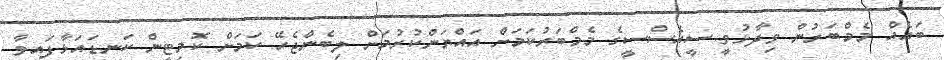
ބައެއް މެމްބަރުން ވިދާޅުވީ ސީއެސްސީގެ މެމްބަރުކަމަށް އައްޔަންކުރުމަށް ލިބެންޖެހޭ ކަމަށް ކޮމިޓީން ކަނޑައަޅާފައިވާ